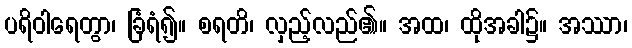
ပရိဝါရေတွာ၊ ခြံရံ၍။ စရတိ၊ လှည့်လည်၏။ အထ၊ ထိုအခါ၌။ အဿာ၊